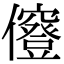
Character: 𠑅